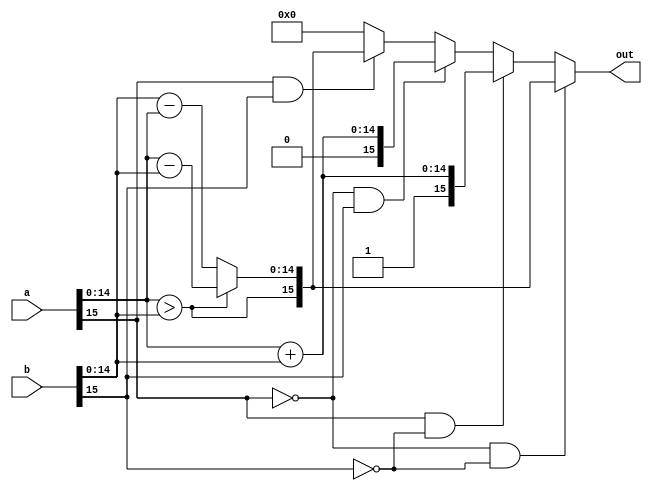
`timescale 1ns / 1ps
//A-B
module fixed_pt_sub#(parameter XLEN_PIXEL = 8)
(input [2*XLEN_PIXEL-1:0] a, input [2*XLEN_PIXEL-1:0] b, output reg [2*XLEN_PIXEL-1:0] out);
reg a_sign;
reg b_sign, comp;
reg [2*XLEN_PIXEL-2:0] a_val;
reg [2*XLEN_PIXEL-2:0] b_val, result_temp;

always@(*) begin
a_sign = a[2*XLEN_PIXEL-1];
b_sign = b[2*XLEN_PIXEL-1];
a_val = a[2*XLEN_PIXEL-2:0];
b_val = b[2*XLEN_PIXEL-2:0];
comp = a_val>b_val;
//$display("comp=%d",comp);
if(a_sign == 0 && b_sign ==0) begin
    result_temp = comp ? (a_val-b_val) : (b_val - a_val);
    out = {comp, result_temp};
end
else if(a_sign==1 && b_sign==0) begin
    result_temp = a_val+b_val;
    out = {1'b1,result_temp};
end
else if(a_sign==0 && b_sign==1) begin
    result_temp = a_val+b_val;
    out = {1'b0,result_temp};
end
else if(a_sign==1 && b_sign==1) begin //-A+B
    result_temp = comp ? (a_val-b_val) : (b_val - a_val);
    out = {comp,result_temp};
end else
    out = 0;

end

endmodule